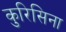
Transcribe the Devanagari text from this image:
कुरिसिना